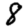
Digit: 8